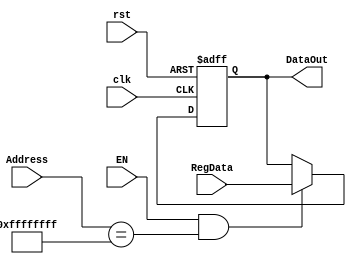
module ParallelOUT(input EN, clk, rst,
						input [31:0] Address, RegData,
						output reg [31:0] DataOut);
						
	always @ (posedge clk, negedge rst)
		if (!rst)
			DataOut <= 0;
		else if(EN & Address == 32'hFFFFFFFF)
			DataOut <= RegData;
endmodule